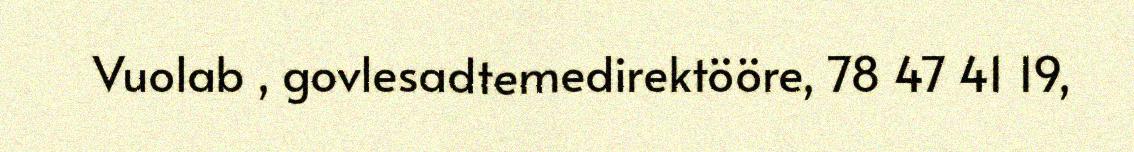
Vuolab , govlesadtemedirektööre, 78 47 41 19,